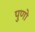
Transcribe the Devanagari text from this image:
पुणो